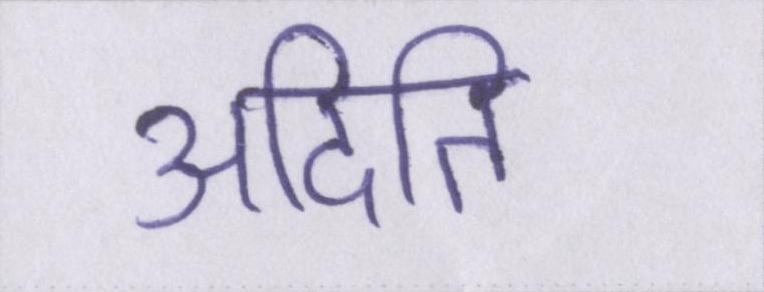
अदिति